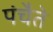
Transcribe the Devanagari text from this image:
पंचैते